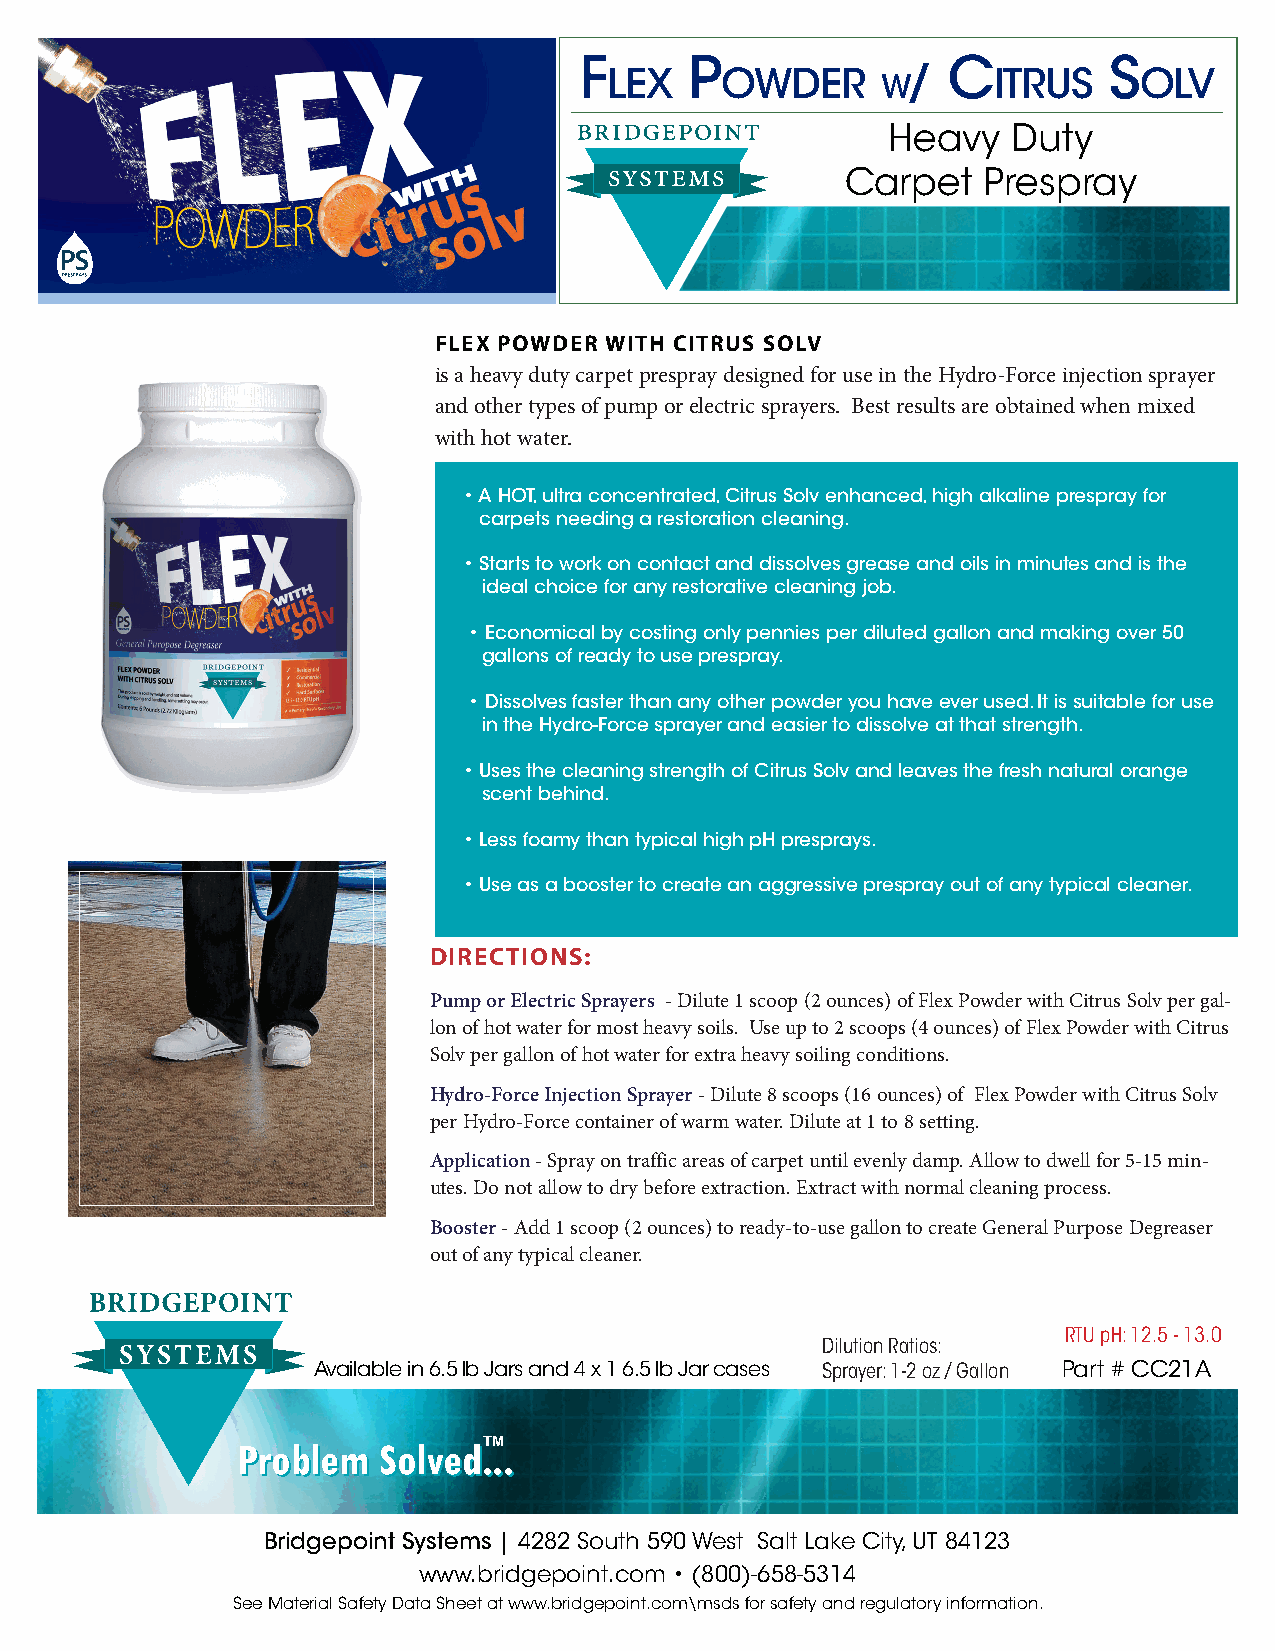
F       P                C         s
 lex     owder     w/      itrus    olv
 Heavy   Duty
 Carpet   Prespray
 FLEX POWDER WITH CITRUS SOLV
 is a heavy duty carpet prespray designed for use in the Hydro-Force injection sprayer
 and other types of pump or electric sprayers. Best results are obtained when mixed
 with hot water.
 • A HOT, ultra concentrated, Citrus Solv enhanced, high alkaline prespray for
 carpets needing a restoration cleaning.
 • Starts to work on contact and dissolves grease and oils in minutes and is the
 ideal choice for any restorative cleaning job.
 • Economical by costing only pennies per diluted gallon and making over 50
 gallons of ready to use prespray.
 • Dissolves faster than any other powder you have ever used. It is suitable for use
 in the Hydro-Force sprayer and easier to dissolve at that strength.
 • Uses the cleaning strength of Citrus Solv and leaves the fresh natural orange
 scent behind.
 • Less foamy than typical high pH presprays.
 • Use as a booster to create an aggressive prespray out of any typical cleaner.
 DIRECTIONS:
 Pump or Electric Sprayers - Dilute 1 scoop (2 ounces) of Flex Powder with Citrus Solv per gal-
 lon of hot water for most heavy soils. Use up to 2 scoops (4 ounces) of Flex Powder with Citrus
 Solv per gallon of hot water for extra heavy soiling conditions.
 Hydro-Force Injection Sprayer - Dilute 8 scoops (16 ounces) of Flex Powder with Citrus Solv
 per Hydro-Force container of warm water. Dilute at 1 to 8 setting.
 Application - Spray on traffic areas of carpet until evenly damp. Allow to dwell for 5-15 min-
 utes. Do not allow to dry before extraction. Extract with normal cleaning process.
 Booster - Add 1 scoop (2 ounces) to ready-to-use gallon to create General Purpose Degreaser
 out of any typical cleaner.
 RTU pH: 12.5 - 13.0
 Dilution Ratios:
 Available in 6.5 lb Jars and 4 x 1 6.5 lb Jar cases Sprayer: 1-2 oz / Gallon Part # CC21A
 PPrroobblleemm SSoollvveedd.T.M....
 Bridgepoint Systems | 4282 South 590 West Salt Lake City, UT 84123
 www.bridgepoint.com • (800)-658-5314
 See Material Safety Data Sheet at www.bridgepoint.com\msds for safety and regulatory information.